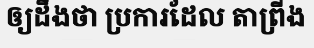
ឲ្យដឹងថា ប្រការដែល តាព្រីង